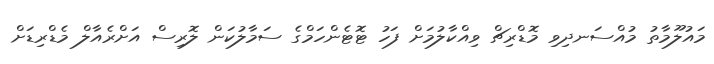
މައުލޫމާތު މުއްސަނދިވި މޮޑްރިޗް ވިއްކާލުމަށް ފަހު ޓޮޓެންހަމްގެ ސަމާލުކަން ލޮރިސް އަށްރެއާލް މެޑްރިޑަށް